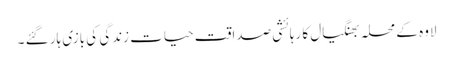
لاوہ کے محلہ بھنگیال کا رہائشی صداقت حیات زندگی کی بازی ہار گئے ۔